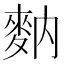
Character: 𪌅